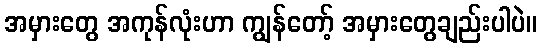
အမှားတွေ အကုန်လုံးဟာ ကျွန်တော့် အမှားတွေချည်းပါပဲ။